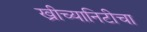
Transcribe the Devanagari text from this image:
ख्रीच्यानिटीचा